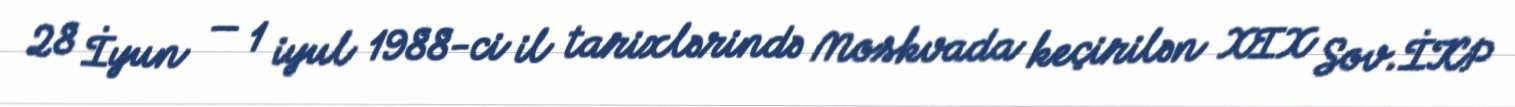
28 İyun — 1 iyul 1988-ci il tarixlərində Moskvada keçirilən XIX Sov.İKP